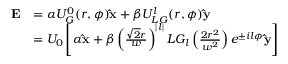
\begin{array} { r l } { \mathbf { E } } & { = \alpha U _ { G } ^ { 0 } ( r , \phi ) \mathbf { \hat { x } } + \beta U _ { L G } ^ { l } ( r , \phi ) \mathbf { \hat { y } } } \\ & { = U _ { 0 } \left[ \alpha \mathbf { \hat { x } } + \beta \left( \frac { \sqrt { 2 } r } { w } \right) ^ { | l | } L G _ { l } \left( \frac { 2 r ^ { 2 } } { w ^ { 2 } } \right) e ^ { \pm i l \phi } \mathbf { \hat { y } } \right] } \end{array}